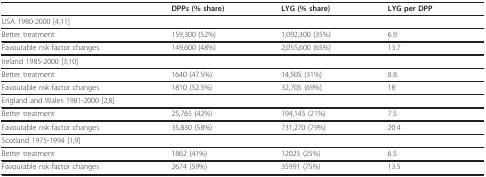
<table><thead><tr><td></td><td><b>DPPs (% share)</b></td><td><b>LYG (% share)</b></td><td><b>LYG per DPP</b></td></tr></thead><tbody><tr><td>USA 1980-2000 [4,11]</td><td></td><td></td><td></td></tr><tr><td>Better treatment</td><td>159,300 (52%)</td><td>1,092,300 (35%)</td><td>6.9</td></tr><tr><td>Favourable risk factor changes</td><td>149,600 (48%)</td><td>2,055,600 (65%)</td><td>13.7</td></tr><tr><td>Ireland 1985-2000 [3,10]</td><td></td><td></td><td></td></tr><tr><td>Better treatment</td><td>1640 (47.5%)</td><td>14,505 (31%)</td><td>8.8</td></tr><tr><td>Favourable risk factor changes</td><td>1810 (52.5%)</td><td>32,705 (69%)</td><td>18</td></tr><tr><td>England and Wales 1981-2000 [2,8]</td><td></td><td></td><td></td></tr><tr><td>Better treatment</td><td>25,765 (42%)</td><td>194,145 (21%)</td><td>7.5</td></tr><tr><td>Favourable risk factor changes</td><td>35,830 (58%)</td><td>731,270 (79%)</td><td>20.4</td></tr><tr><td>Scotland 1975-1994 [1,9]</td><td></td><td></td><td></td></tr><tr><td>Better treatment</td><td>1862 (41%)</td><td>12025 (25%)</td><td>6.5</td></tr><tr><td>Favourable risk factor changes</td><td>2674 (59%)</td><td>35991 (75%)</td><td>13.5</td></tr></tbody></table>